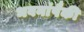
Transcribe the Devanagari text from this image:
भवनांपैकी